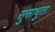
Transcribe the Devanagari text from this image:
सुसाधुता